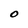
Character: O